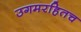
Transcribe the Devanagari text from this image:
उगमरहितच